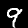
Label: 9